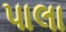
પાલા